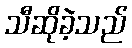
သီဆိုခဲ့သည်